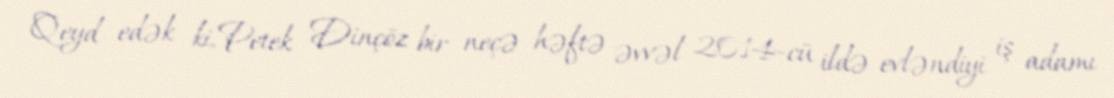
Qeyd edək ki, Petek Dinçöz bir neçə həftə əvvəl 2014-cü ildə evləndiyi iş adamı